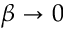
\beta \to 0